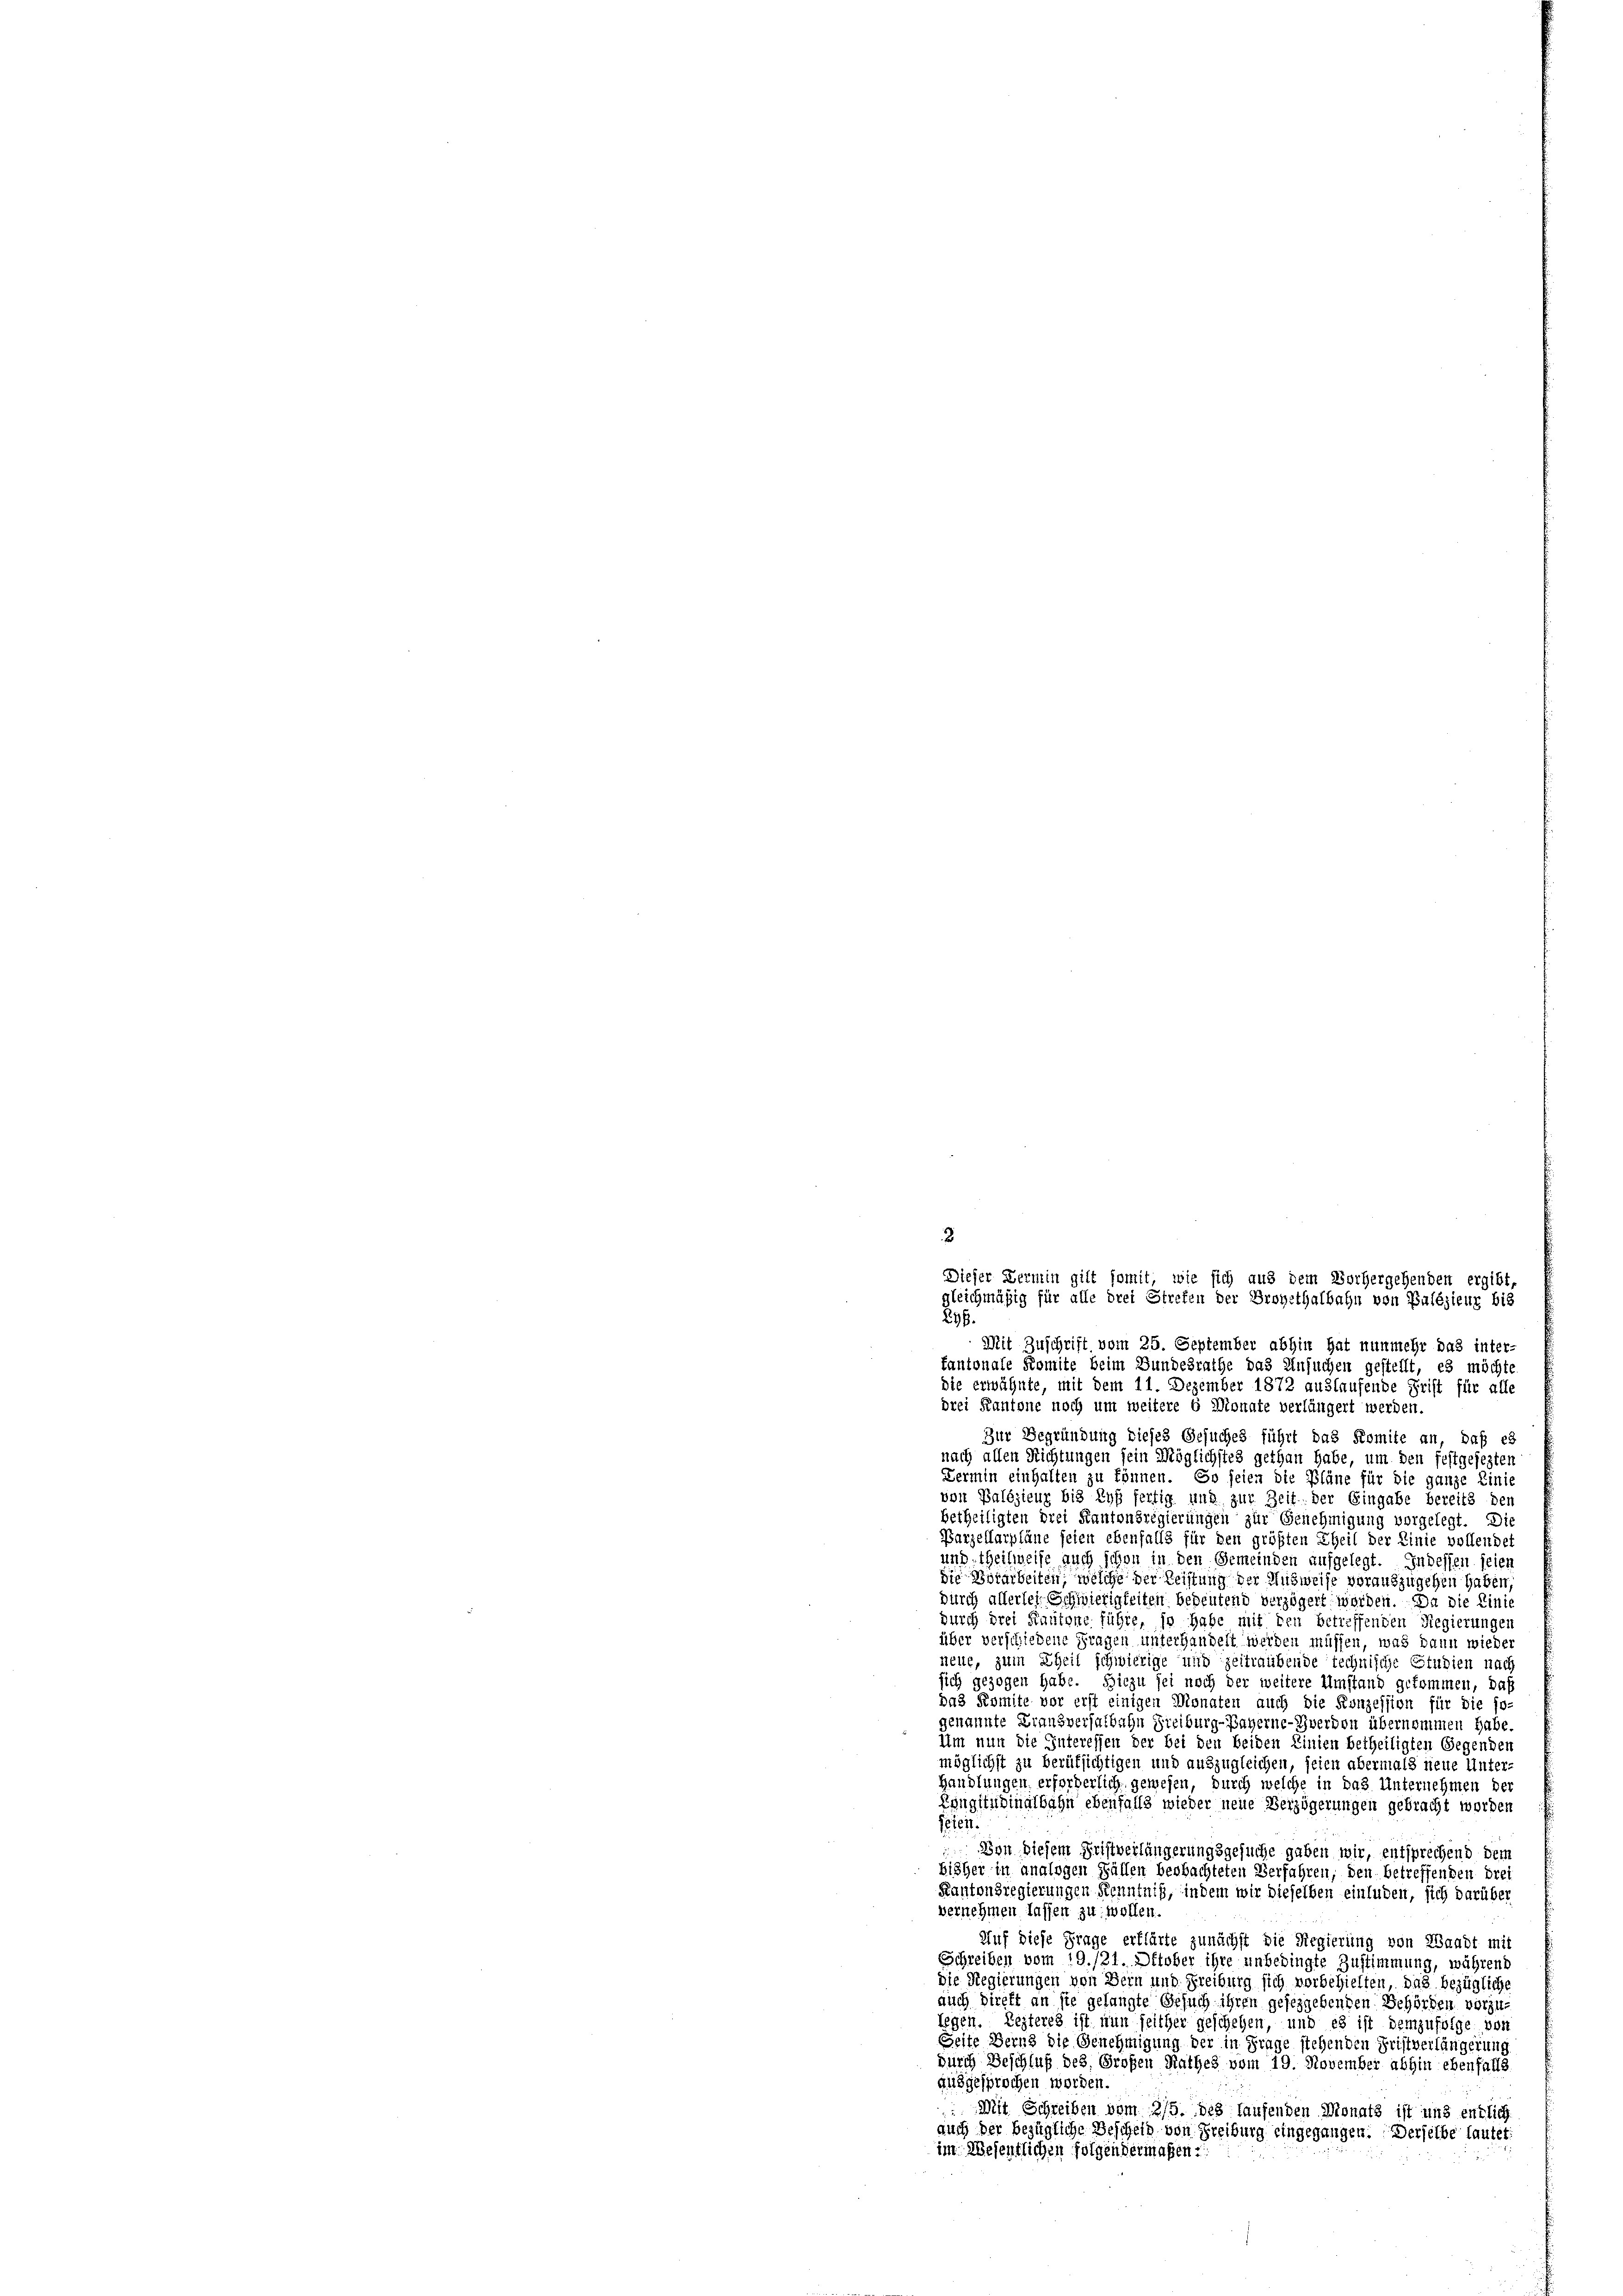
Mit Zuschrift vom 25. September abhin hat nunmehr das inter-
fantonale Komite beim Bundesrathe das Ansuchen gestellt, es möchte
die erwähnte, mit dem 11. Dezember 1872 auslaufende Frist für alle
drei Kantone noch um weitere 6 Monate verlängert werden.
Zur Begründung dieses Gesuches führt das Komite an, daß es
nach allen Richtungen sein Möglichstes gethan habe, um den festgesezten
Dermin einhalten zu können. So seien die Pläne für die ganze Einis
von Balésieur bis Ryf fertig und zur Zeit der Eingabe bereits den
betheiligten drei Kantonsregierungen zur Genehmigung vorgelegt. Die
Parzellarpläne seien ebenfalls für den größten Theil der Linie vollendet
und, theilweise auch schon in den Gemeinden aufgelegt. Indessen seien
die Vorarbeiten, welche der Leistung der Ausweise vorauszugehen haben,
durch allerlei Schwierigkeiten bedeutend verzögert worden. Da die Linie
durch drei Kantone führe, so habe mit den betreffenden Regierungen
über verschiedene Fragen unterhandelt werden müssen, was dann wieder
neue, zum Theil schwierige und zeitraubende technische Studien nach
sich gezogen habe. Hiezu sei noch der weitere Umstand gekommen, daß
das Komite vor erst einigen Monaten auch die Konzession für die so-
genannte Krausverhalbahn Freiburg-Bayerne-Zwerden übernommen habe.
Um nun die Interessen der bei den beiden Linien betheiligten Gegenden
möglichst zu berufsichtigen und auszugleichen, seien abermals neue Unter-
Handlungen erforderlich gewesen, durch welche in das Unternehmen der
Rangitudinalbahn ebenfalls wieder neue Verzögerungen gebracht worden
feiert.
Von diesem Fristverlängerungsgesuche gaben wir, entsprechend dem
bisher in analogen Fällen beobachteten Verfahren, den betreffenden drei
Kantonsregierungen Kenntniß, indem wir dieselben einluden, sich darüber
vernehmen lassen zu wollen.
Auf diese Frage erklärte zunächst die Regierung von Waadt mit
Schreiben vom 19./21. Oktober ihre unbedingte Zustimmung, während
die Regierungen von Bern und Freiburg sich vorbehielten, das bezügliche
auch Direkt an sie gelangte Gesuch ihren geseggebenden Behörden vorzu-
legen. Lezteres ist nun seither geschehen, und es ist demzufolge von
Seite Bern die Genehmigung der in Frage stehenden Fristverlängerung
durch Beschluß des Großen Rathes vom 19. November abhin ebenfalls
ausgesprochen worden.
Mit Schreiben vom 215. des laufenden Monats ist und entlich
auch der bezügliche Bescheid von Freiburg eingegangen. Derselbe lautet:
im Wesentlichen folgendermaßen.

3
Dieser Vermin gilt somit, wie sich aus dem Vorhergehenden ergibt,
gleichmäßig für alle drei Strefen der Droyethalbahn von Palésieur bis
296.